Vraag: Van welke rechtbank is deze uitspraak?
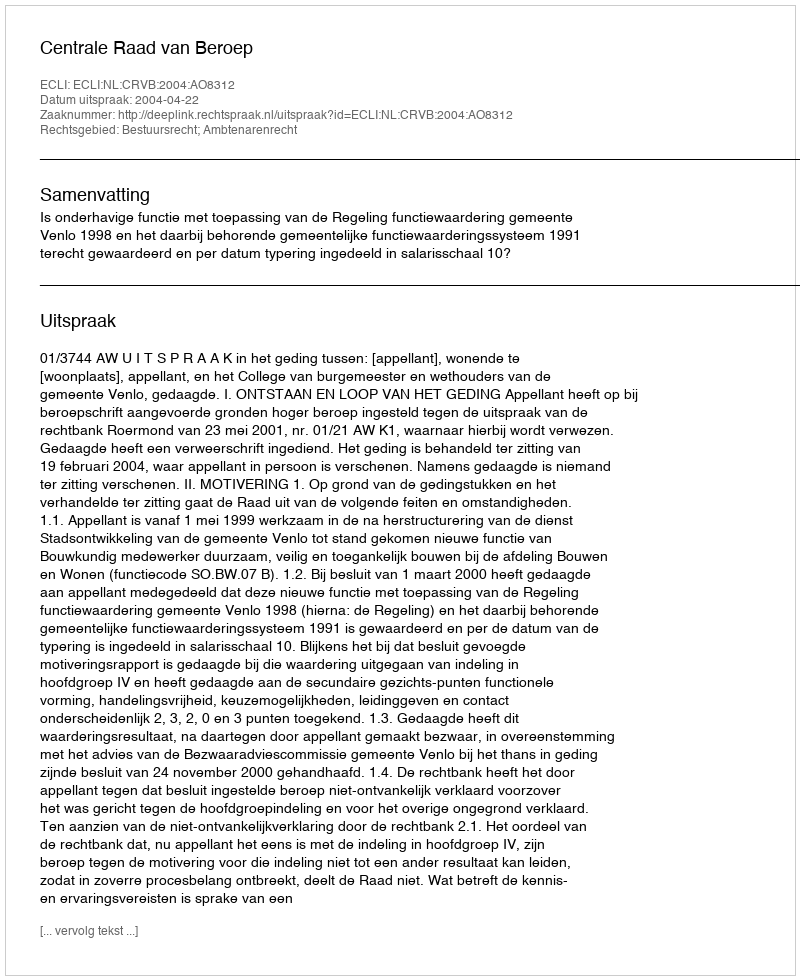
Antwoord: Centrale Raad van Beroep